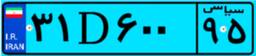
۳۱D۶۰۰۹۵